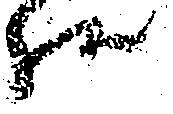
様